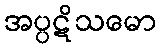
အပ္ပဋိသမော